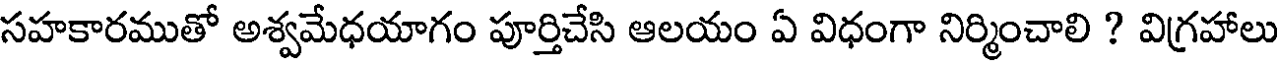
సహకారముతో అశ్వమేధయాగం పూర్తిచేసి ఆలయం ఏ విధంగా నిర్మించాలి ? విగ్రహాలు